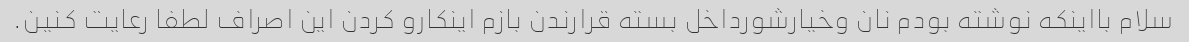
سلام بااینکه نوشته بودم نان وخیارشورداخل بسته قرارندن بازم اینکارو کردن این اصراف لطفا رعایت کنین.